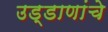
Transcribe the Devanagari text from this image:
उड्डाणांचे